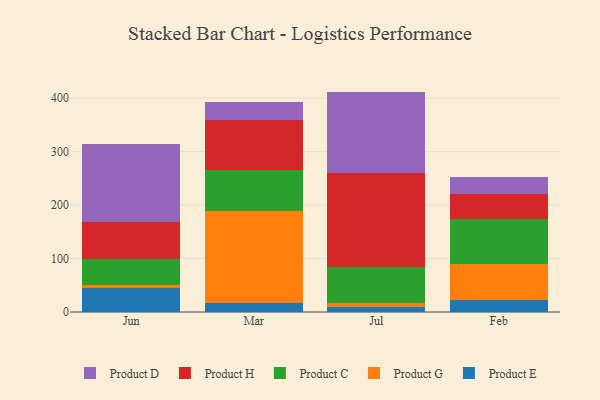
{"axis": {"x": "Month", "y": "Energy Usage (MWh)"}, "legend": ["Product C", "Product D", "Product E", "Product G", "Product H"], "data": [{"x": "Jun", "y": 44.3, "type": "Product E"}, {"x": "Jun", "y": 5.4, "type": "Product G"}, {"x": "Jun", "y": 49.8, "type": "Product C"}, {"x": "Jun", "y": 69.5, "type": "Product H"}, {"x": "Jun", "y": 145.5, "type": "Product D"}, {"x": "Mar", "y": 16.2, "type": "Product E"}, {"x": "Mar", "y": 172.8, "type": "Product G"}, {"x": "Mar", "y": 76.7, "type": "Product C"}, {"x": "Mar", "y": 92.8, "type": "Product H"}, {"x": "Mar", "y": 34.6, "type": "Product D"}, {"x": "Jul", "y": 9.2, "type": "Product E"}, {"x": "Jul", "y": 7.1, "type": "Product G"}, {"x": "Jul", "y": 68.1, "type": "Product C"}, {"x": "Jul", "y": 176.0, "type": "Product H"}, {"x": "Jul", "y": 151.7, "type": "Product D"}, {"x": "Feb", "y": 22.1, "type": "Product E"}, {"x": "Feb", "y": 67.2, "type": "Product G"}, {"x": "Feb", "y": 83.8, "type": "Product C"}, {"x": "Feb", "y": 47.1, "type": "Product H"}, {"x": "Feb", "y": 31.8, "type": "Product D"}]}